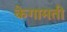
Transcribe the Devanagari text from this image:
केगामती